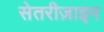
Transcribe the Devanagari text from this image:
सेतरीज़ाइन